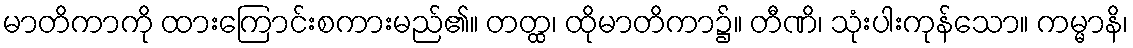
မာတိကာကို ထားကြောင်းစကားမည်၏။ တတ္ထ၊ ထိုမာတိကာ၌။ တီဏိ၊ သုံးပါးကုန်သော။ ကမ္မာနိ၊